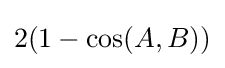
2(1-\cos(A,B))